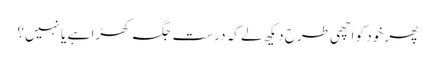
پھر خود کو اچھی طرح دیکھ لے کہ درست جگہ کھڑا ہے یا نہیں؟